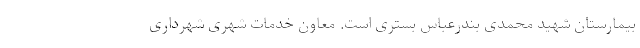
بیمارستان شهید محمدی بندرعباس بستری است. معاون خدمات شهری شهرداری